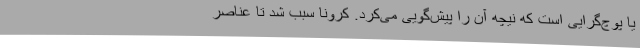
یا پوچ‌گرایی است که نیچه آن را پیش‌گویی می‌کرد. کرونا سبب شد تا عناصر